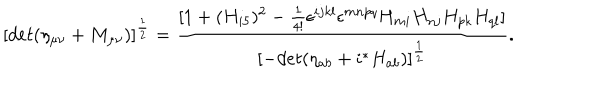
[ d e t ( \eta _ { \mu \nu } + M _ { \mu \nu } ) ] ^ { \frac { 1 } { 2 } } = \frac { [ 1 + ( H _ { i 5 } ) ^ { 2 } - \frac { 1 } { 4 ! } \epsilon ^ { i j k l } \epsilon ^ { m n p q } H _ { m i } H _ { n j } H _ { p k } H _ { q l } ] } { [ - d e t ( \eta _ { a b } + i { } ^ { * } H _ { a b } ) ] ^ { \frac { 1 } { 2 } } } .